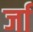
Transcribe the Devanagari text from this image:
र्जा